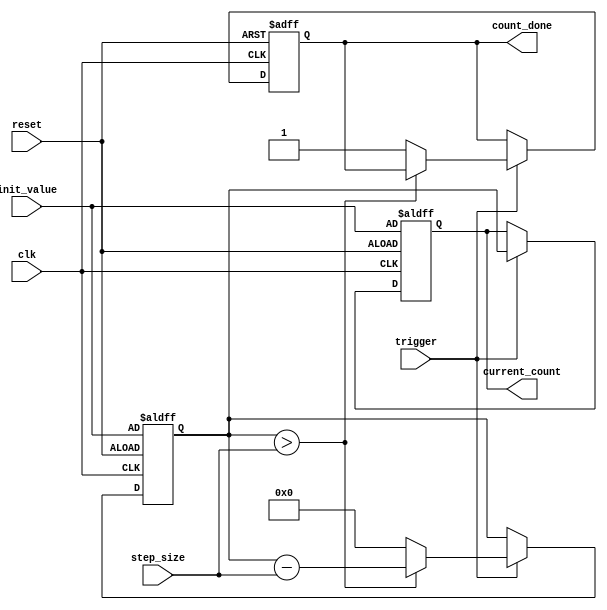
module decremental_counter (
    input wire clk,              // Clock signal
    input wire reset,            // Reset signal
    input wire trigger,          // Trigger signal to decrement
    input wire [7:0] init_value, // Initial count value (can be adjusted as needed)
    input wire [7:0] step_size,  // Step size for decrement (typically 1)
    output reg [7:0] current_count, // Current count value
    output reg count_done        // Signal to indicate when count reaches zero
);

// Internal memory block to store current count
reg [7:0] memory_block;

// Initialize the counter
always @(posedge clk or posedge reset) begin
    if (reset) begin
        memory_block <= init_value; // Load initial value on reset
        current_count <= init_value; // Set current count to initial value
        count_done <= 0;            // Reset count_done signal
    end else if (trigger) begin
        if (memory_block > step_size) begin
            memory_block <= memory_block - step_size; // Decrement by step size
        end else begin
            memory_block <= 0; // Prevent underflow
            count_done <= 1;   // Set count_done signal
        end
        current_count <= memory_block; // Update current count
    end
end

endmodule